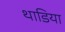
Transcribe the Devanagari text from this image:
थाडिया